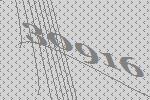
30916